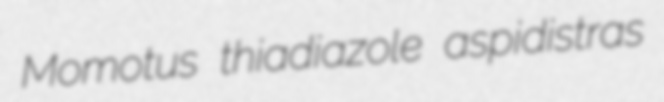
Momotus thiadiazole aspidistras